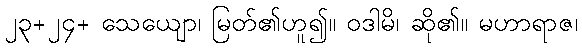
၂၃+၂၄+ သေယျော၊ မြတ်၏ဟူ၍။ ဝဒါမိ၊ ဆို၏။ မဟာရာဇ၊